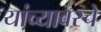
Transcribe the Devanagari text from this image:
यांच्यावरचे